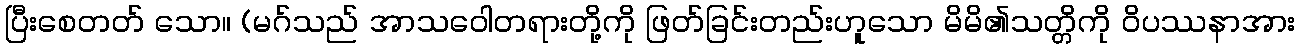
ပြီးစေတတ် သော။ (မဂ်သည် အာသဝေါတရားတို့ကို ဖြတ်ခြင်းတည်းဟူသော မိမိ၏သတ္တိကို ဝိပဿနာအား